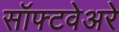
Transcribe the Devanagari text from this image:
सॉफ्टवेअरे